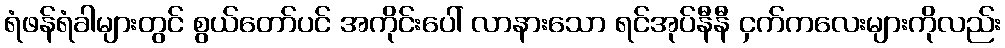
ရံဖန်ရံခါများတွင် စွယ်တော်ပင် အကိုင်းပေါ် လာနားသော ရင်အုပ်နီနီ ငှက်ကလေးများကိုလည်း